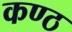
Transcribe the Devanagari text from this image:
कण्‍ठ